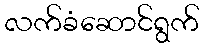
လက်ခံဆောင်ရွက်